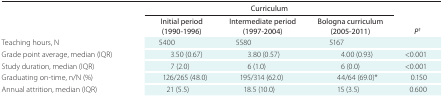
<table><thead><tr><td></td><td colspan="3"><b>Curriculum</b></td><td></td></tr><tr><td></td><td><b>Initial period (1990-1996)</b></td><td><b>Intermediate period (1997-2004)</b></td><td><b>Bologna curriculum (2005-2011)</b></td><td><b><i>P</i><sup>†</sup></b></td></tr></thead><tbody><tr><td>Teaching hours, N</td><td>5400</td><td>5580</td><td>5167</td><td></td></tr><tr><td>Grade point average, median (IQR)</td><td>3.50 (0.67)</td><td>3.80 (0.57)</td><td>4.00 (0.93)</td><td>&lt;0.001</td></tr><tr><td>Study duration, median (IQR)</td><td>7 (2.0)</td><td>6 (1.0)</td><td>6 (0.0)</td><td>&lt;0.001</td></tr><tr><td>Graduating on-time, n/N (%)</td><td>126/265 (48.0)</td><td>195/314 (62.0)</td><td>44/64 (69.0)*</td><td>0.150</td></tr><tr><td>Annual attrition, median (IQR)</td><td>21 (5.5)</td><td>18.5 (10.0)</td><td>15 (3.5)</td><td>0.600</td></tr></tbody></table>